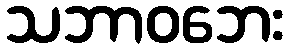
သဘာဝဘေး